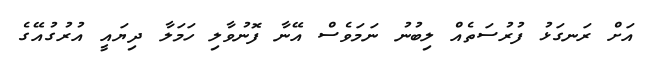
އަށް ރަނގަޅު ފުރުސަތެއް ލިބުނު ނަމަވެސް އޭނާ ފޮނުވާލި ހަމަލާ ދިޔައީ އުރުގުއޭގެ